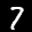
Label: 7